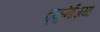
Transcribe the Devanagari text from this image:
ट्युनिज़िया